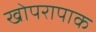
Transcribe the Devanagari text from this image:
खोपरापाक